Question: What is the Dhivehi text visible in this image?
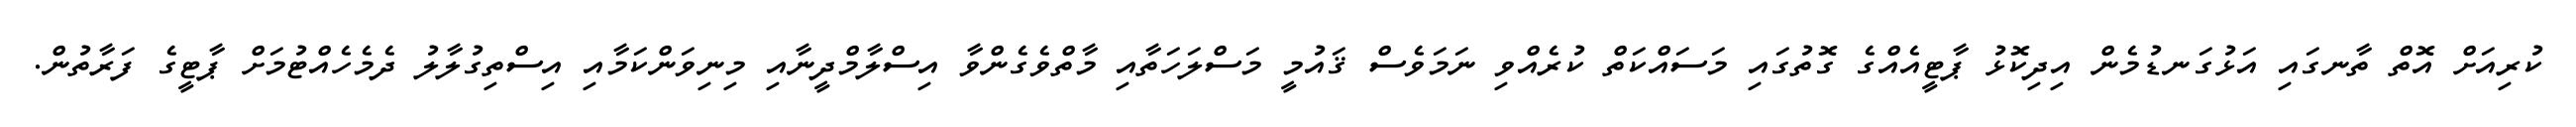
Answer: ކުރިއަށް އޮތް ތާނގައި އަޅުގަނޑުމެން އިދިކޮޅު ޕާޓީއެއްގެ ގޮތުގައި މަސައްކަތް ކުރެއްވި ނަމަވެސް ޤައުމީ މަސްލަހަތާއި މާތްވެގެންވާ އިސްލާމްދީނާއި މިނިވަންކަމާއި އިސްތިގުލާލު ދެމެހެއްޓުމަށް ޕާޓީގެ ފަރާތުން.